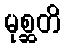
မုစ္ဆတိ